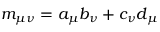
m _ { \mu \nu } = a _ { \mu } b _ { \nu } + c _ { \nu } d _ { \mu }